Medical and sanitary report of the native army of Madras for the year
Year: 1872
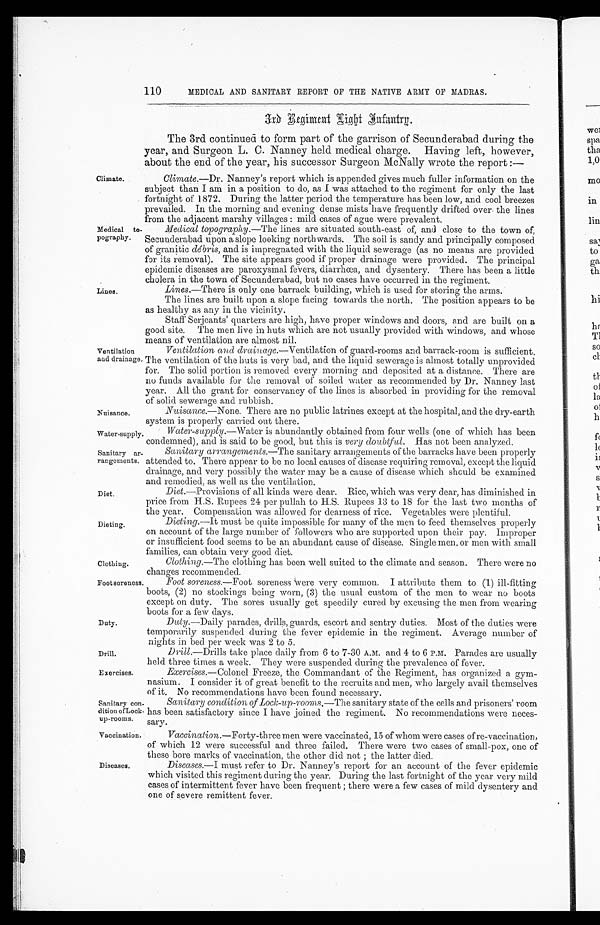
Nuisance.
Water-supply.
Drill.
Exercises.
Sanitary con
-
dition of Lock
-
up-rooms.
Vaccination.
110
MEDICAL AND SANITARY REPORT OF THE NATIVE ARMY OF MADRAS.
3 r d R e g i m e n t L i g h t I n f a n t r y .
The 3rd continued to form part of the garrison of Secunderabad during the
year, and Surgeon L. C. Nanney held medical charge. Having left, however,
about the end of the year, his successor Surgeon McNally wrote the report:—
Climate.
Medical to
-pography.
Lines.
Climate.—Dr. Nanney's report which is appended gives much fuller information on the
subject than I am in a position to do, as I was attached to the regiment for only the last
fortnight of 1872. During the latter period the temperature has been low, and cool breezes
prevailed. In the morning and evening dense mists have frequently drifted over the lines
from the adjacent marshy villages: mild cases of ague were prevalent.
Medical topography.—The lines are situated south-east of, and close to the town of,
Secunderabad upon a slope looking north wards. The soil is sandy and principally composed
of granitic débris, and is impregnated with the liquid sewerage (as no means are provided
for its removal). The site appears good if proper drainage were provided. The principal
epidemic diseases are paroxysmal fevers, diarrhoea, and dysentery. There has been a little
cholera in the town of Secunderabad, but no cases have occurred in the regiment.
Lines .—There is only one barrack building, which is used for storing the arms.
Ventilation
and drainage.
i
The lines are built upon a slope facing towards the north. The position appears to be
as healthy as any in the vicinity.
Staff Serjeants' quarters are high, have proper windows and doors, and are built on a
good site. The men live in huts which are not usually provided with windows, and whose
means of ventilation are almost nil.
Ventilation and drainage. —Ventilation of guard-rooms and barrack-room is sufficient.
The ventilation of the huts is very bad, and the liquid sewerage is almost totally unprovided
for. The solid portion is removed every morning and deposited at a distance. There are
no funds available for the removal of soiled water as recommended by Dr. Nanney last
year. All the grant for conservancy of the lines is absorbed in providing for the removal
of solid sewerage and rubbish.
Nuisance.—None. There are no public latrines except at the hospital, and the dry-earth
system is properly carried out there.
Water-supply.—Water is abundantly obtained from four wells (one of which has been
condemned), and is said to be good, but this is very doubtful. Has not been analyzed.
Sanitary ar
-rangements.
Diet.
Sanitary arrangements.— The sanitary arrangements of the barracks have been properly
attended to. There appear to be no local causes of disease requiring removal, except the liquid
drainage, and very possibly the water may be a cause of disease which should be examined
and remedied, as well as the ventilation.
Diet .—Provisions of all kinds were dear. Rice, which was very dear, has diminished in
price from H.S. Rupees 24 per pullah to H.S. Rupees 13 to 18 for the last two months of
the year. Compensation was allowed for dearness of rice. Vegetables were plentiful.
Dieting.
Clothing.
Dieting.—It must be quite impossible for many of the men to feed themselves properly
on account of the large number of followers who are supported upon their pay. Improper
or insufficient food seems to be an abundant cause of disease. Single men, or men with small
families, can obtain very good diet.
Clothing.—The clothing has been well suited to the climate and season. There were no
changes recommended.
Footsoreness.
Duty.
Foot soreness.— Foot soreness were very common. I attribute them to (1) ill-fitting
boots, (2) no stockings being worn, (3) the usual custom of the men to wear no boots
except on duty. The sores usually get speedily cured by excusing the men from wearing
boots for a few days.
Duty .—Daily parades, drills, guards, escort and sentry duties. Most of the duties were
temporarily suspended during the fever epidemic in the regiment. Average number of
nights in bed ner week was 2 to 5.
Drill.— Drills take place daily from 6 to 7-30 A.M. and 4 to 6 P.M. Parades are usually
held three times a week. They were suspended during the prevalence of fever.
Exercises .—Colonel Freeze, the Commandant of the Regiment, has organized a gym
-
nasium. I consider it of great benefit to the recruits and men, who largely avail themselves
of it. No recommendations have been found necessary.
Sanitary condition of Lock-up-rooms.— The sanitary state of the cells and prisoners' room
has been satisfactory since I have joined the regiment. No recommendations were neces
-
sary.
Vaccination .—Forty-three men were vaccinated, 15 of whom were cases of re-vaccination,
of which 12 were successful and three failed. There were two cases of small-pox, one of
these bore marks of vaccination, the other did not; the latter died.
Diseases
.
Diseases.— I must refer to Dr. Nanney's report for an account of the fever epidemic
which visited this regiment during the year. During the last fortnight of the year very mild
cases of intermittent fever have been frequent; there were a few cases of mild dysentery and
one of severe remittent fever.